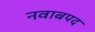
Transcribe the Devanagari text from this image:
नवाबपद